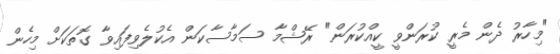
"މިހާރު ދެން މެރީ ކުރަންވީ ކީއްކުރަން" ރޭޝްމާ ސަމާސާކަން އެކުލެވިފައިވާ ގޮތަކަށް މިހެން